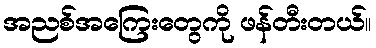
အညစ်အကြေးတွေကို ဖန်တီးတယ်။